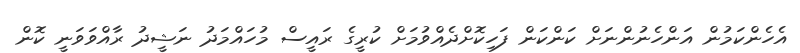
އެހެންކަމުން އަންހެނުންނަށް ކަންކަން ފަހިކޮށްދެއްވުމަށް ކުރީގެ ރައީސް މުހައްމަދު ނަޝީދު ރާއްވަވަނީ ކޮން